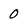
Character: 0